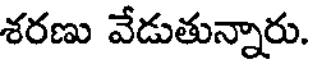
శరణు వేడుతున్నారు.